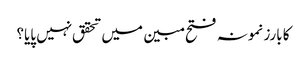
کا بارز نمونہ فتح مبین میں تحقق نہیں پایا؟